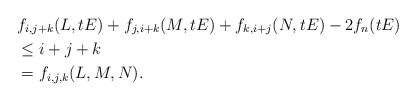
\begin{align*} &f_{i,j+k}(L,tE) + f_{j,i+k}(M,tE) + f_{k,i+j}(N,tE) - 2f_n(tE) \\ &\leq i + j + k \\ &= f_{i,j,k}(L,M,N). \end{align*}